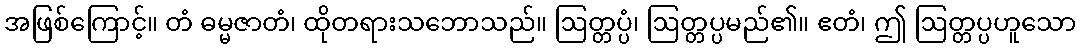
အဖြစ်ကြောင့်။ တံ ဓမ္မဇာတံ၊ ထိုတရားသဘောသည်။ ဩတ္တပ္ပံ၊ ဩတ္တပ္ပမည်၏။ ဧတံ၊ ဤ ဩတ္တပ္ပဟူသော